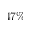
4 7 \%